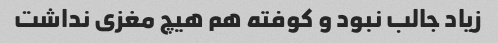
زیاد جالب نبود و کوفته هم هیچ مغزی نداشت